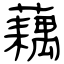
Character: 藕